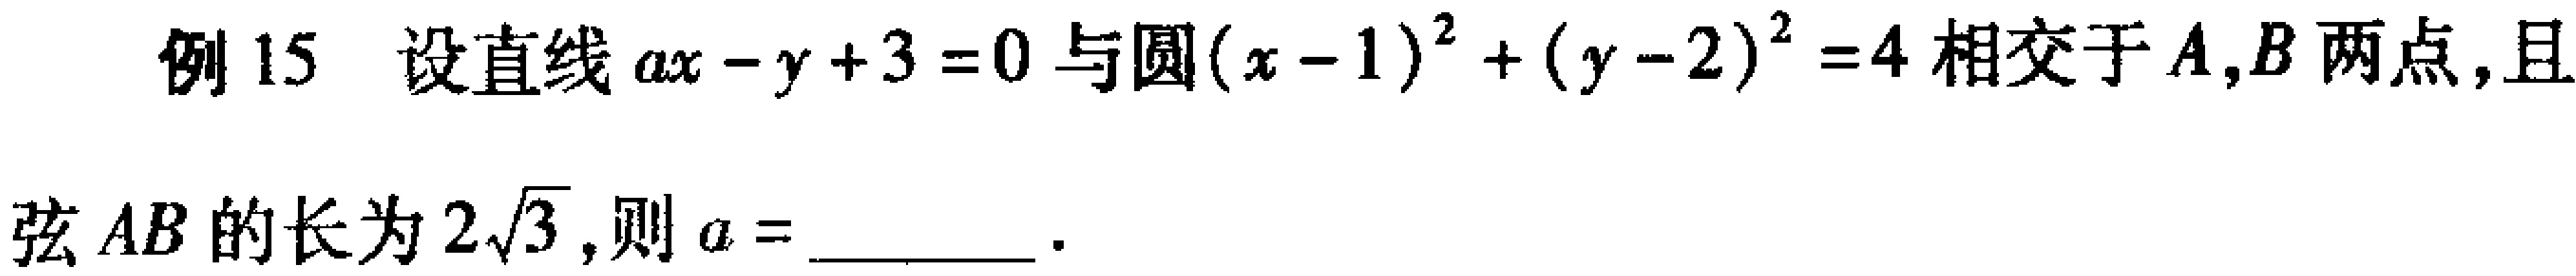
例15 设直线\(ax - y + 3 = 0\)与圆\((x - 1)^{2} + (y - 2)^{2} = 4\)相交于\(A,B\)两点,且弦\(AB\)的长为\(2\sqrt{3}\),则\(a =\) ________.